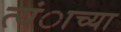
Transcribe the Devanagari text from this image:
त्यंाच्या